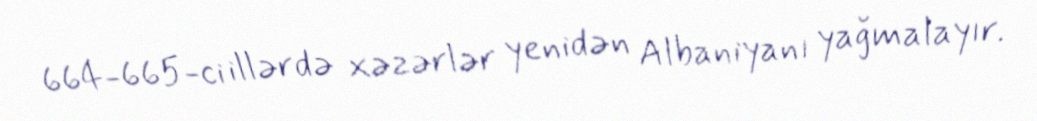
664-665-ci illərdə xəzərlər yenidən Albaniyanı yağmalayır.